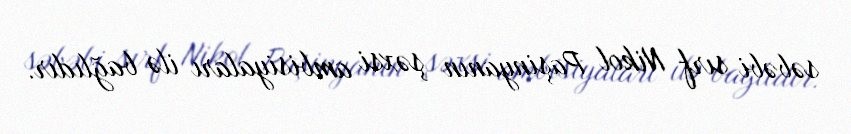
səbəbi sırf Nikol Paşinyanın şəxsi ambisiyaları ilə bağlıdır.